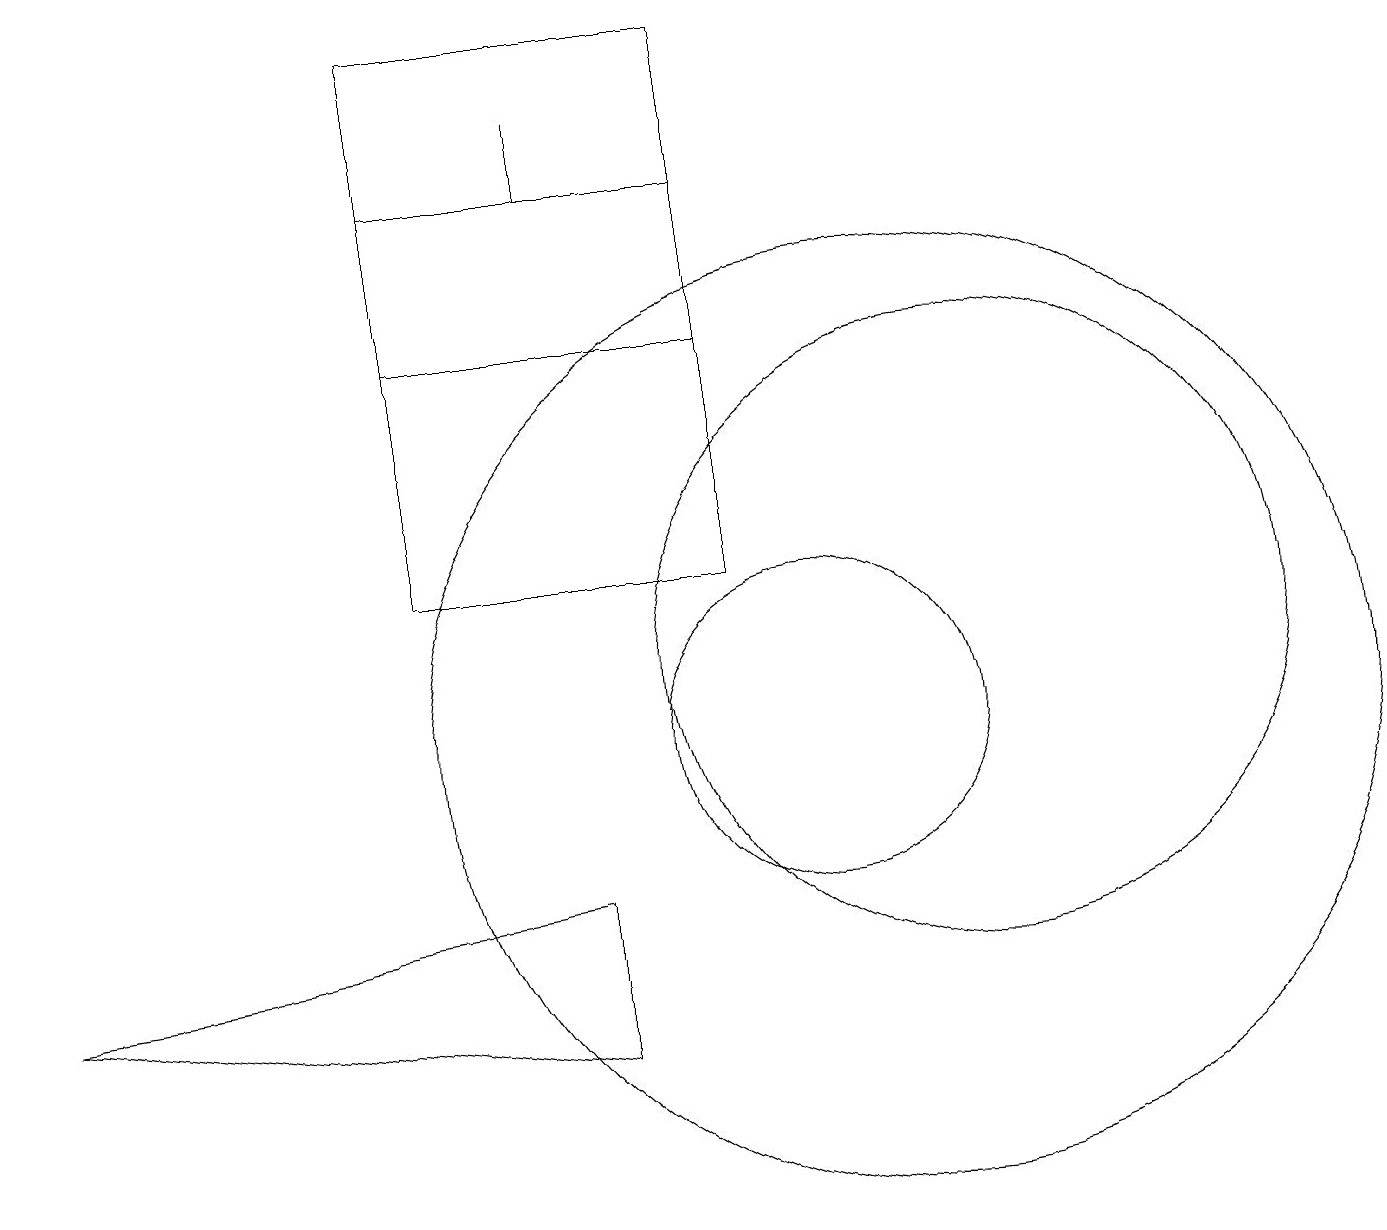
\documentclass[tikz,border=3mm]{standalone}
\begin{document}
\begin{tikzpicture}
\draw (7,17) rectangle (7,18);
\draw (5,19) rectangle (9,12);
\draw (12,11) circle (4);
\draw (9,15) rectangle (5,17);
\draw (10,10) circle (2);
\draw (11,10) circle (6);
\draw (7,6) -- (7,8) -- (0,7) -- cycle;
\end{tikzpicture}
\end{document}